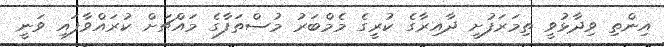
އިންތި ވިދާޅުވީ ތިމަރަފުށީ ދާއިރާގެ ކުރީގެ މެމްބަރު މުސްތަފާގެ މައްޗަށް ކުރައްވާފައި ވަނީ